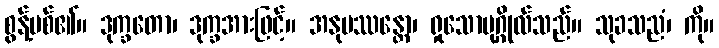
စွန့်ပစ်၏။ ဒုက္ခတော၊ ဒုက္ခအားဖြင့်။ အနုပဿန္တော၊ ရှုသောပုဂ္ဂိုလ်သည်။ သုခသညံ၊ ကို။